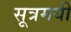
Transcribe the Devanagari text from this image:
सूत्रमयी